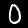
Digit: 0